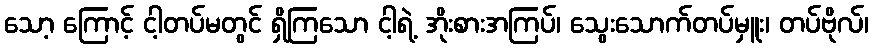
သော့ ကြောင့် ငါ့တပ်မတွင် ရှိကြသော ငါ့ရဲ့ အိုးစားအကြပ်၊ သွေးသောက်တပ်မှူး၊ တပ်ဗိုလ်၊